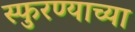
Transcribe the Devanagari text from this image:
स्फुरण्याच्या